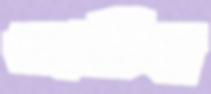
গুহাচিত্র